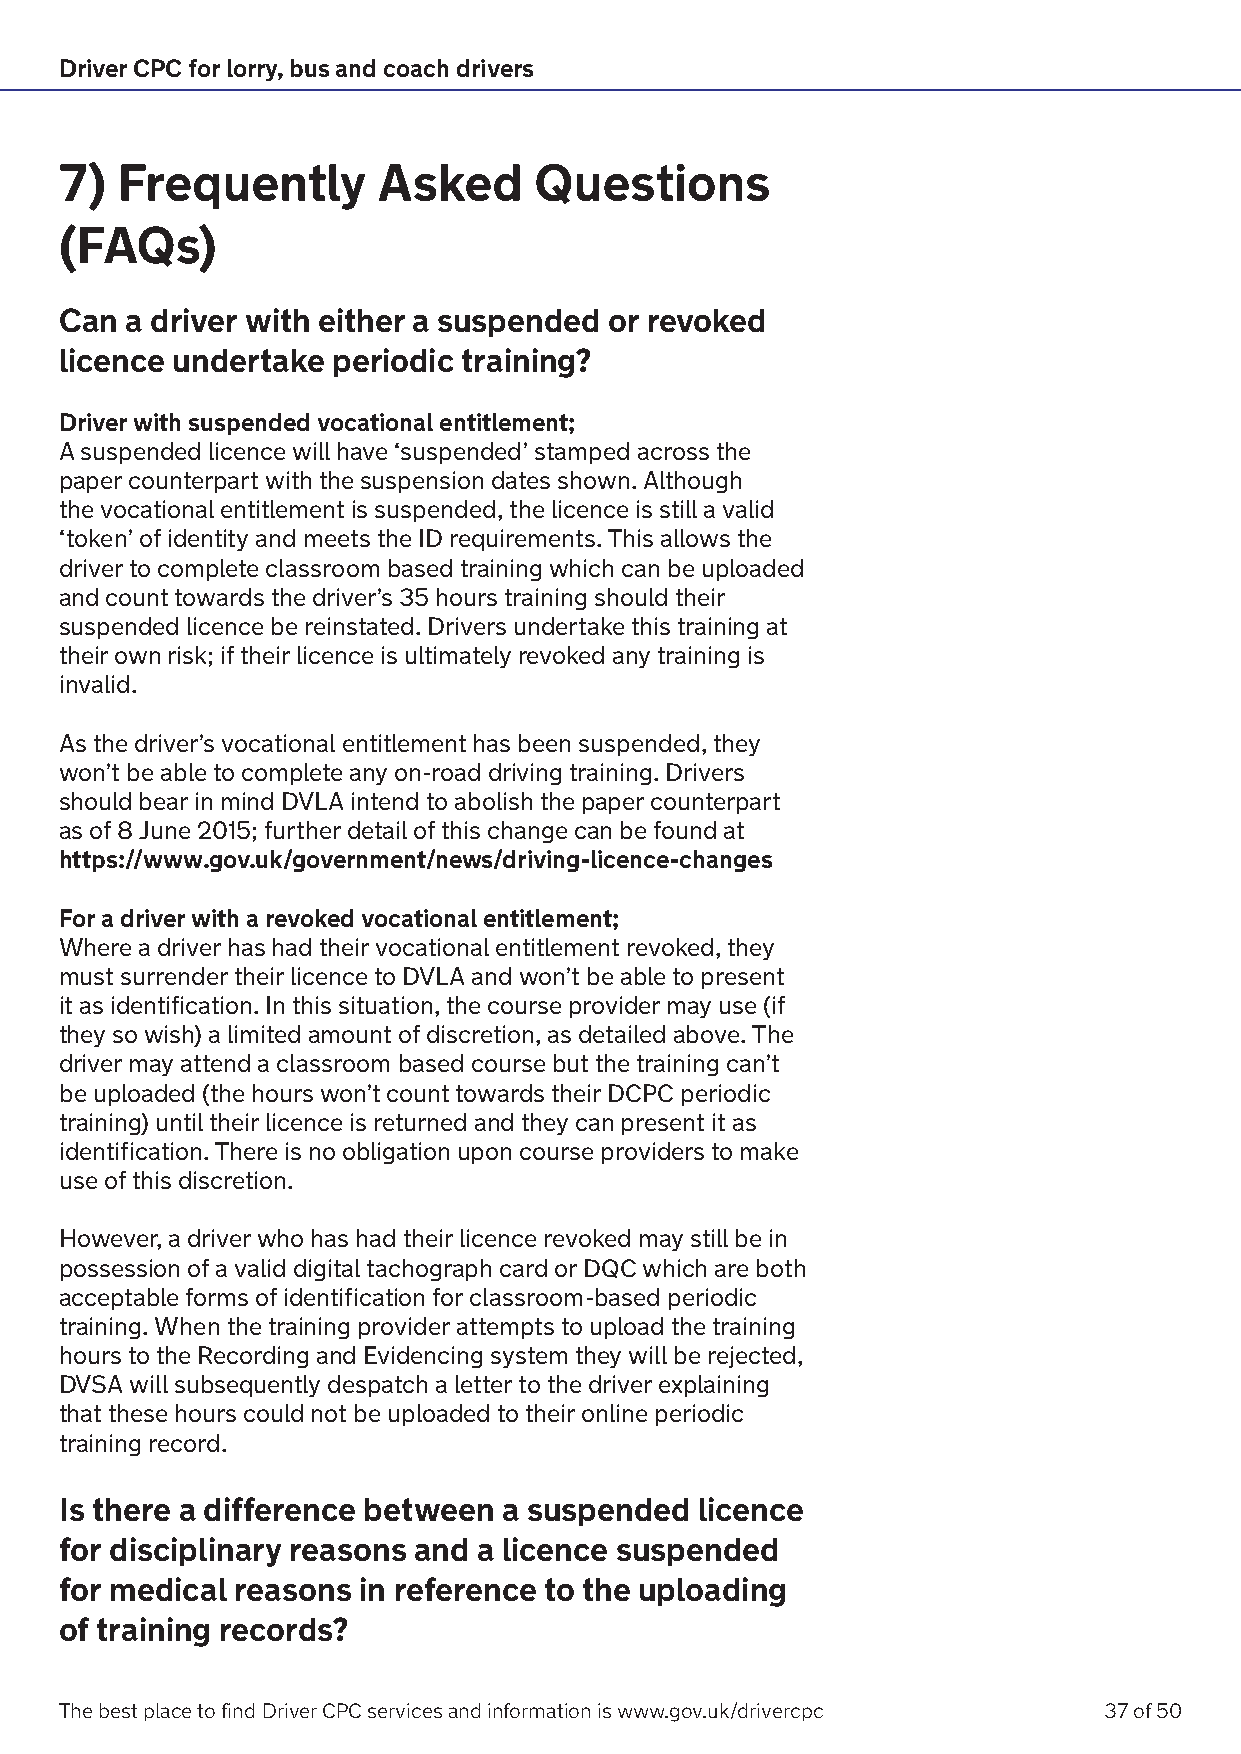
Driver CPC for lorry, bus and coach drivers
 7)  Frequently       Asked     Questions
 (FAQs)
 Can a driver with either a suspended or revoked
 licence undertake periodic training?
 Driver with suspended vocational entitlement;
 A suspended licence will have ‘suspended’ stamped across the
 paper counterpart with the suspension dates shown. Although
 the vocational entitlement is suspended, the licence is still a valid
 ‘token’ of identity and meets the ID requirements. This allows the
 driver to complete classroom based training which can be uploaded
 and count towards the driver’s 35 hours training should their
 suspended licence be reinstated. Drivers undertake this training at
 their own risk; if their licence is ultimately revoked any training is
 invalid.
 As the driver’s vocational entitlement has been suspended, they
 won’t be able to complete any on-road driving training. Drivers
 should bear in mind DVLA intend to abolish the paper counterpart
 as of 8 June 2015; further detail of this change can be found at
 https://www.gov.uk/government/news/driving-licence-changes
 For a driver with a revoked vocational entitlement;
 Where a driver has had their vocational entitlement revoked, they
 must surrender their licence to DVLA and won’t be able to present
 it as identification. In this situation, the course provider may use (if
 they so wish) a limited amount of discretion, as detailed above. The
 driver may attend a classroom based course but the training can’t
 be uploaded (the hours won’t count towards their DCPC periodic
 training) until their licence is returned and they can present it as
 identification. There is no obligation upon course providers to make
 use of this discretion.
 However, a driver who has had their licence revoked may still be in
 possession of a valid digital tachograph card or DQC which are both
 acceptable forms of identification for classroom-based periodic
 training. When the training provider attempts to upload the training
 hours to the Recording and Evidencing system they will be rejected,
 DVSA will subsequently despatch a letter to the driver explaining
 that these hours could not be uploaded to their online periodic
 training record.
 Is there a difference between a suspended licence
 for disciplinary reasons and a licence suspended
 for medical reasons in reference to the uploading
 of training records?
 The best place to find Driver CPC services and information is www.gov.uk/drivercpc 37 of 50